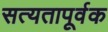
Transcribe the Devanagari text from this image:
सत्यतापूर्वक